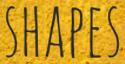
SHAPES